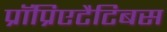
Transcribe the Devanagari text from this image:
प्रॉप्रिएटैटिबस